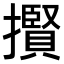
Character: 𢸒